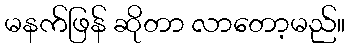
မနက်ဖြန် ဆိုတာ လာတော့မည်။